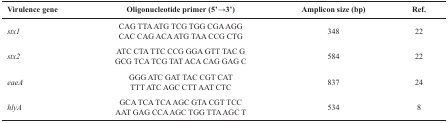
| Virulence gene | Oligonucleotide primer (5′→3′) | Amplicon size (bp) | Ref. |
 | --- | --- | --- | --- |
 | stx1 | CAG TTA ATG TCG TGG CGA AGG CAC CAG ACA ATG TAA CCG CTG | 348 | 22 |
 | stx2 | ATC CTA TTC CCG GGA GTT TAC G GCG TCA TCG TAT ACA CAG GAG C | 584 | 22 |
 | eaeA | GGG ATC GAT TAC CGT CAT TTT ATC AGC CTT AAT CTC | 837 | 24 |
 | hlyA | GCA TCA TCA AGC GTA CGT TCC AAT GAG CCA AGC TGG TTA AGC T | 534 | 8 |